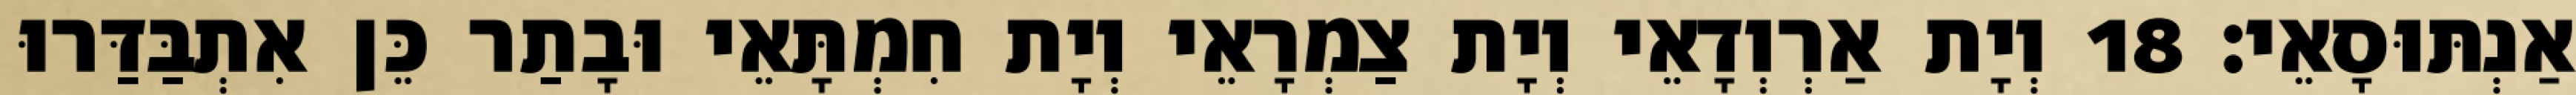
אַנְתּוּסָאֵי׃ 18 וְיָת אַרְוְדָאֵי וְיָת צַמְרָאֵי וְיָת חִמְתָּאֵי וּבָתַר כֵּן אִתְבַּדַּרוּ